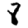
Digit: 8